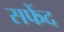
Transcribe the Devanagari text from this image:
सफेंद